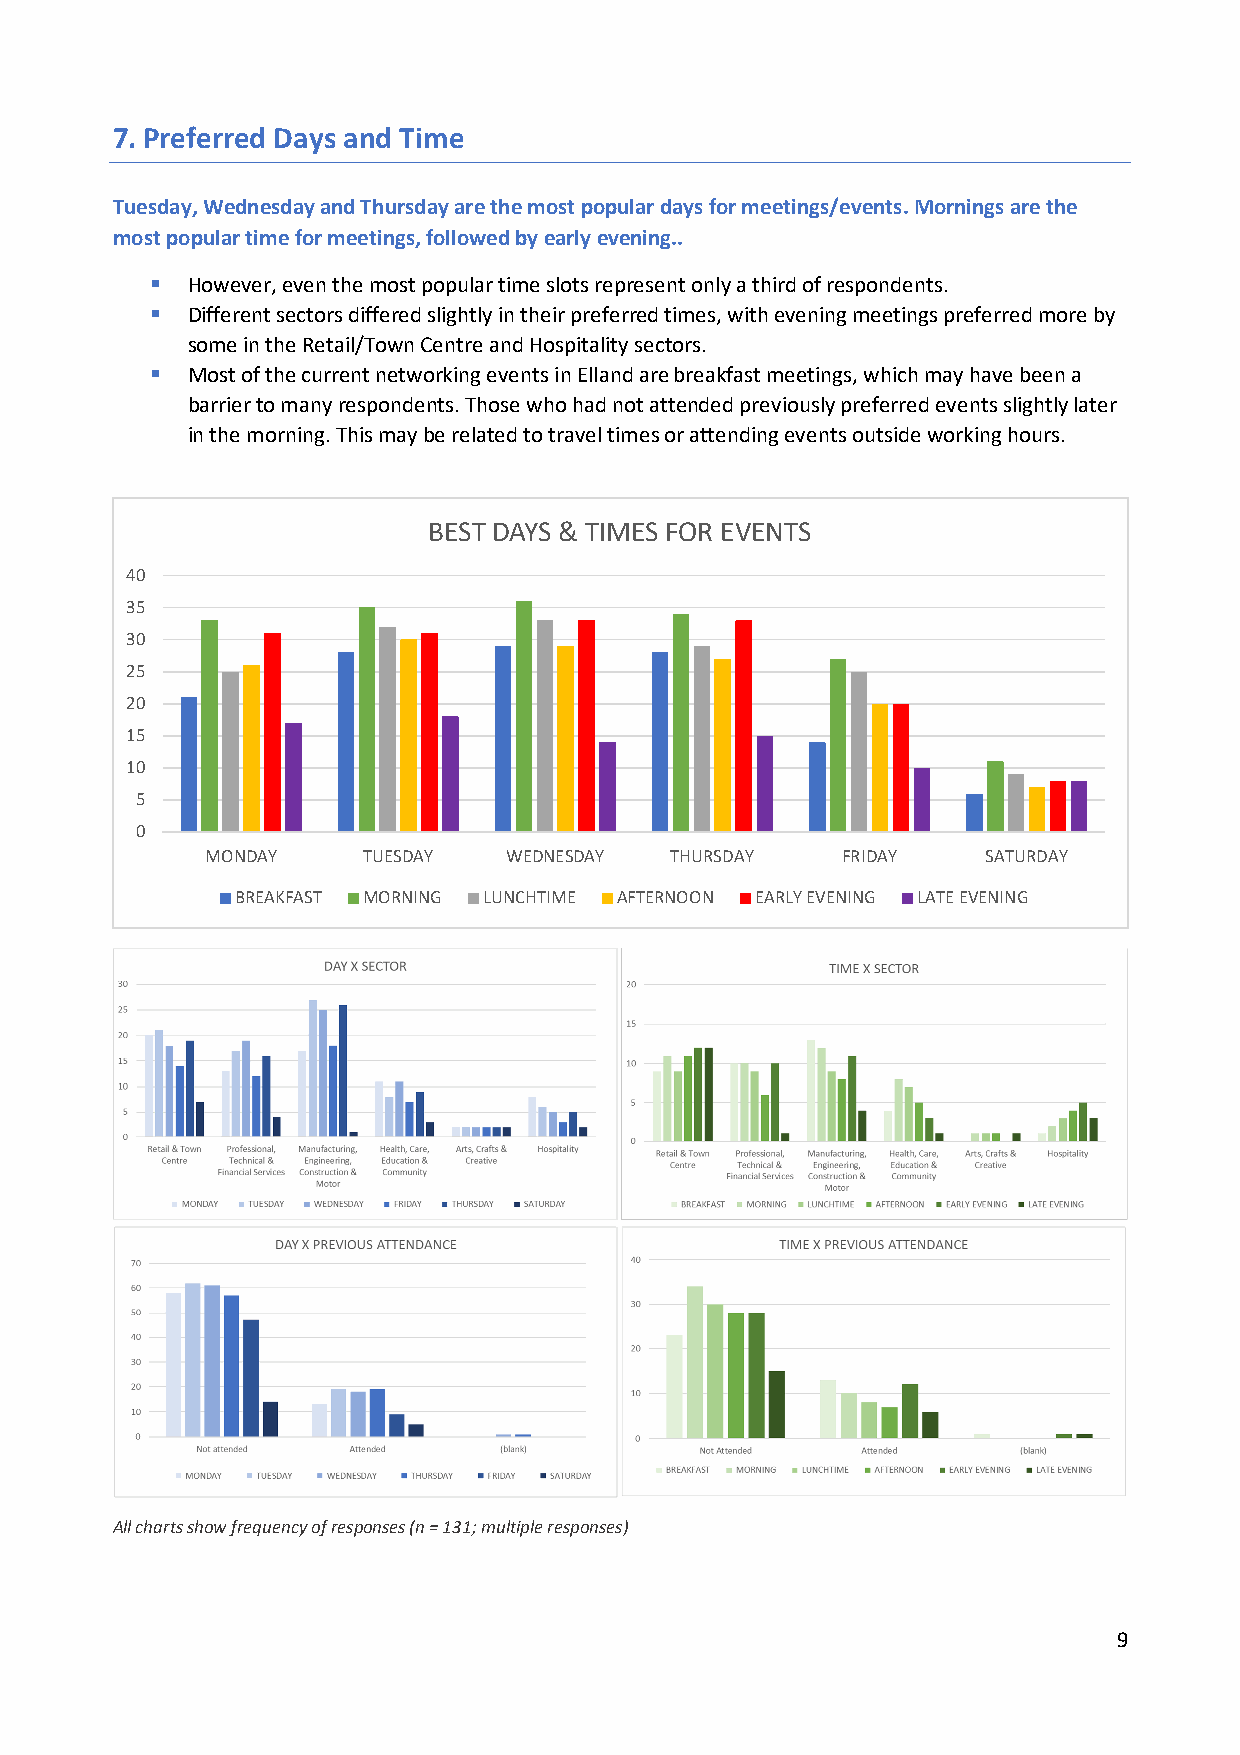
7. Preferred Days and Time
 Tuesday, Wednesday and Thursday are the most popular days for meetings/events. Mornings are the
 most popular time for meetings, followed by early evening..
  However, even the most popular time slots represent only a third of respondents.
  Different sectors differed slightly in their preferred times, with evening meetings preferred more by
 some in the Retail/Town Centre and Hospitality sectors.
  Most of the current networking events in Elland are breakfast meetings, which may have been a
 barrier to many respondents. Those who had not attended previously preferred events slightly later
 in the morning. This may be related to travel times or attending events outside working hours.
 BEST DAYS & TIMES FOR EVENTS
 40
 35
 30
 25
 20
 15
 10
 5
 0
 MONDAY    TUESDAY  WEDNESDAY  THURSDAY    FRIDAY   SATURDAY
 BREAKFAST MORNING LUNCHTIME AFTERNOON EARLY EVENING LATE EVENING
 All charts show frequency of responses (n = 131; multiple responses)
 9